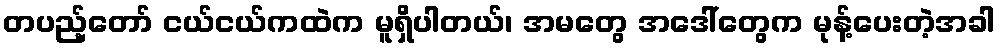
တပည့်တော် ငယ်ငယ်ကထဲက မူရှိပါတယ်၊ အမတွေ အဒေါ်တွေက မုန့်ပေးတဲ့အခါ